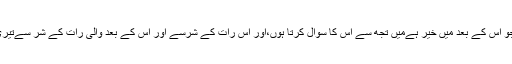
اس رات میں جو خیر ہے اور جو اس کے بعد میں خیر ہےمیں تجھ سے اس کا سوال کرتا ہوں،اور اس رات کے شرسے اور اس کے بعد والی رات کے شر سےتیری پناہ چاہتا ہوں،اے میرےرب!